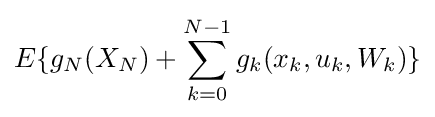
E\{g_{N}(X_{N})+\sum _{k=0}^{N-1}g_{k}(x_{k},u_{k},W_{k})\}